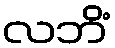
လဘိံ